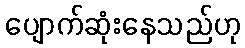
ပျောက်ဆုံးနေသည်ဟု